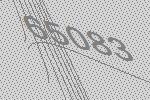
65083